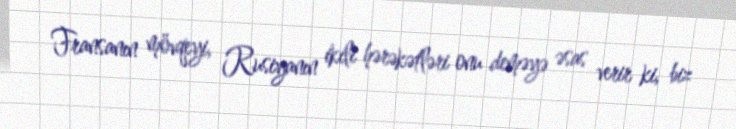
Fransanın mövqeyi, Rusiyanın ikili hərəkətləri onu deməyə əsas verir ki, biz